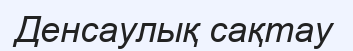
Денсаулық сақтау